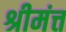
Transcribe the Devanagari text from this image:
श्रीमंत्त